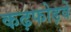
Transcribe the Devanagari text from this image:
कढ़फोड़वे